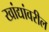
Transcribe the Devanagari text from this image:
खांद्यांवरील